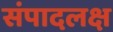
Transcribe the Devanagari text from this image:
संपादलक्ष